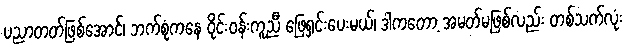
ပညာတတ်ဖြစ်အောင်၊ ဘက်စုံကနေ ဝိုင်းဝန်းကူညီ ဖြေရှင်းပေးမယ်၊ ဒါကတော့ အမတ်မဖြစ်လည်း တစ်သက်လုံး